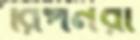
রিপনরা